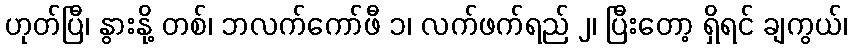
ဟုတ်ပြီ၊ နွားနို့ တစ်၊ ဘလက်ကော်ဖီ ၁၊ လက်ဖက်ရည် ၂၊ ပြီးတော့ ရှိရင် ချကွယ်၊